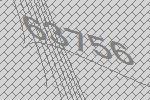
63756